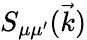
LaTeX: S_{\mu\mu^{\prime}}(\vec{k})